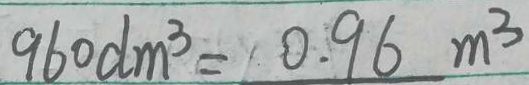
9 6 0 d m ^ { 3 } = 0 . 9 6 m ^ { 3 }